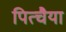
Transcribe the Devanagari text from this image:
पित्चैया